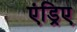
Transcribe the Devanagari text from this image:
एंड्रिए